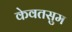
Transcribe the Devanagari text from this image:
केवतसुम